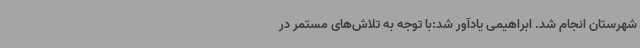
شهرستان انجام شد. ابراهیمی یادآور شد:با توجه به تلاش‌های مستمر در